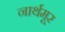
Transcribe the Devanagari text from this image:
नार्थमूर